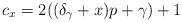
LaTeX: \begin{align*}c_x=2((\delta_{\gamma}+x)p+\gamma)+1\end{align*}